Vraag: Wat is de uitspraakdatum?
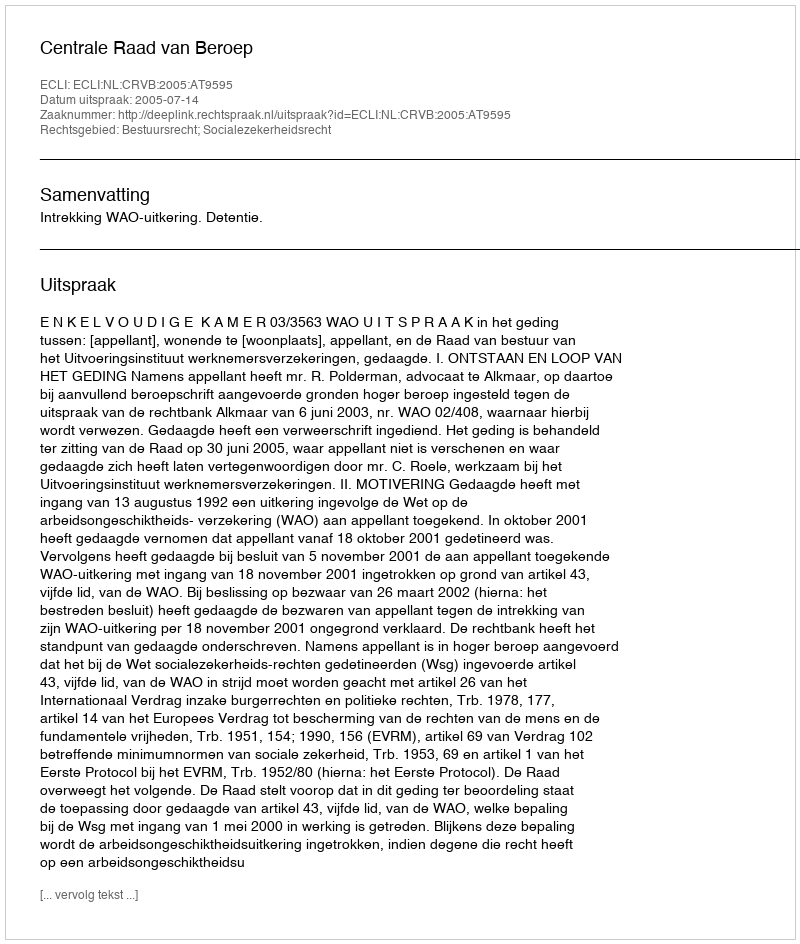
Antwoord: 2005-07-14